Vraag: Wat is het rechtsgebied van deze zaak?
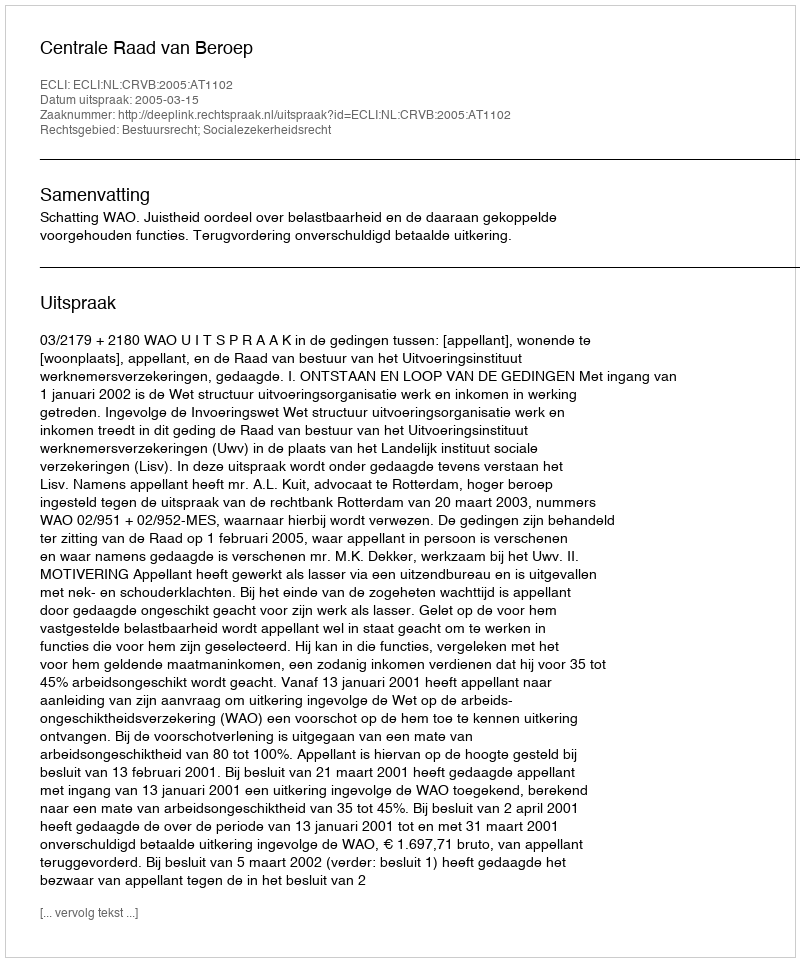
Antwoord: Bestuursrecht; Socialezekerheidsrecht